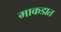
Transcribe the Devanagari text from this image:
माकडात